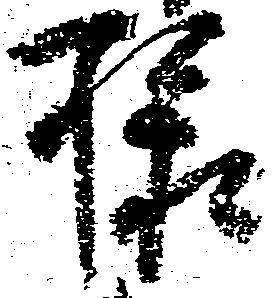
様